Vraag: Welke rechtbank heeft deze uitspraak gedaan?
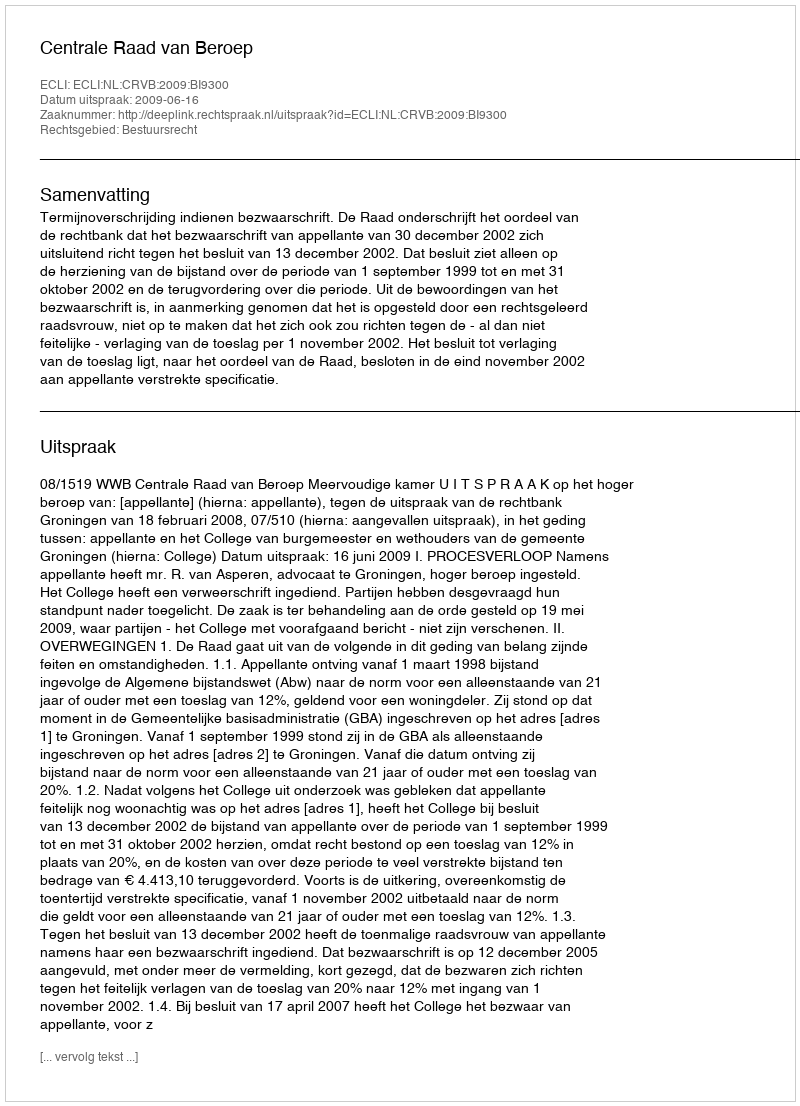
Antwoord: Centrale Raad van Beroep